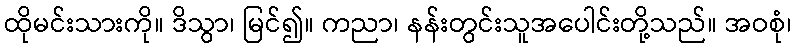
ထိုမင်းသားကို။ ဒိသွာ၊ မြင်၍။ ကညာ၊ နန်းတွင်းသူအပေါင်းတို့သည်။ အဝစုံ၊